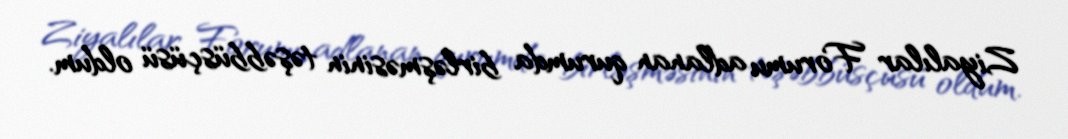
Ziyalılar Forumu adlanan qurumda birləşməsinin təşəbbüsçüsü oldum.